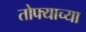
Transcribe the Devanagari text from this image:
तोफ्याच्या